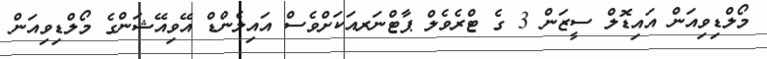
މޯލްޑިވިއަން އައިޑޮލް ސީޒަން 3 ގެ ޓްރެވެލް ޕާޓްނަރއަކަށްވެސް އައިލެންޑް އޭވިއޭޝަންގެ މޯލްޑިވިއަން